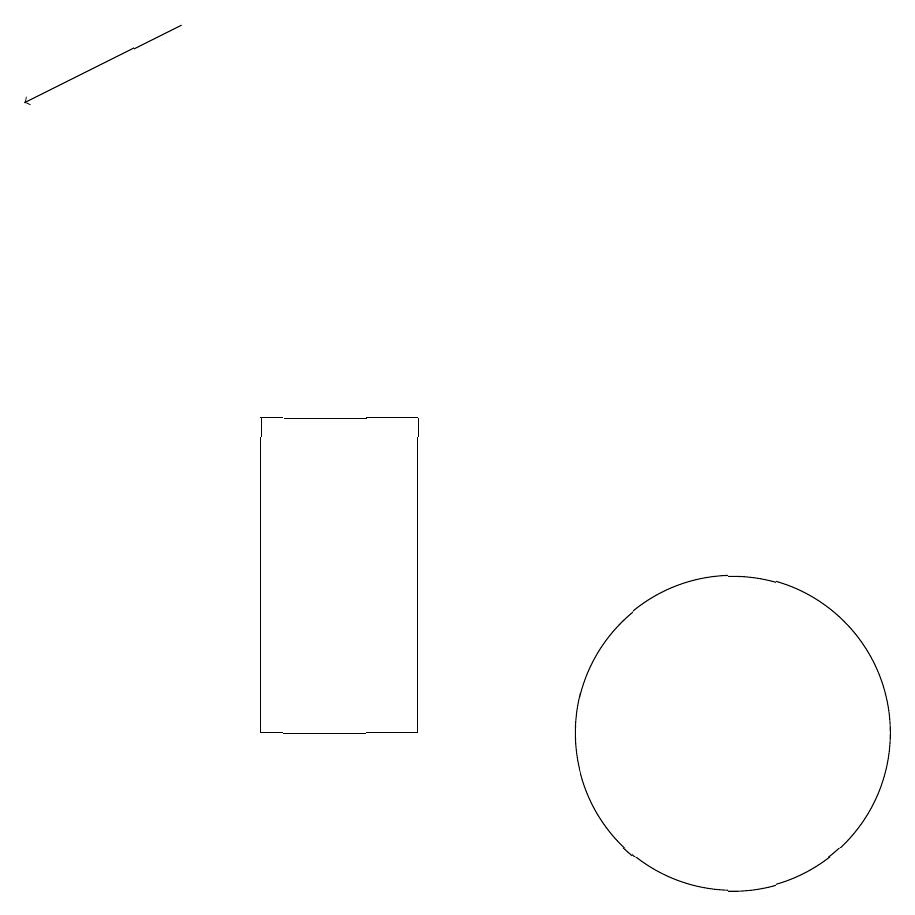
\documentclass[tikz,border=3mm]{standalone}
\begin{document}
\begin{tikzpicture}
\draw (10,12) circle (0);
\draw[->] (4,19) -- (2,18);
\draw (5,14) rectangle (7,10);
\draw (11,10) circle (2);
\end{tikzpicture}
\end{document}